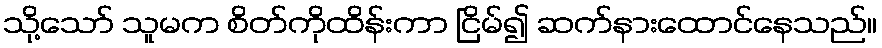
သို့သော် သူမက စိတ်ကိုထိန်းကာ ငြိမ်၍ ဆက်နားထောင်နေသည်။